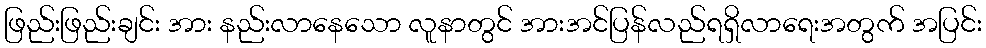
ဖြည်းဖြည်းချင်း အား နည်းလာနေသော လူနာတွင် အားအင်ပြန်လည်ရရှိလာရေးအတွက် အပြင်း